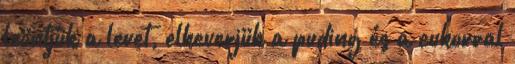
leöntjük a levet, elkeverjük a puding és a cukorral